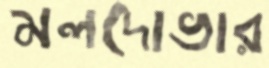
মলদোভার